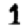
Digit: 1